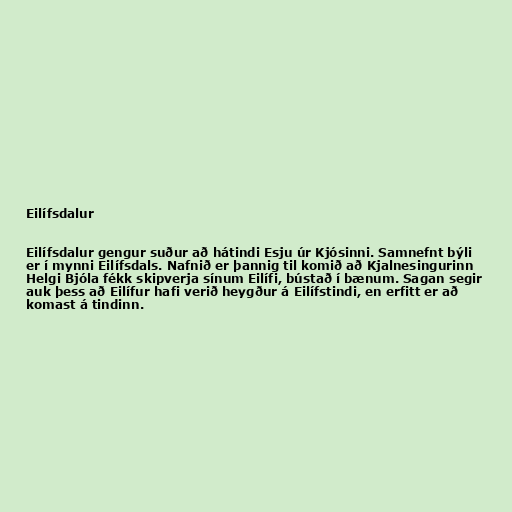
Eilífsdalur

Eilífsdalur gengur suður að hátindi Esju úr Kjósinni. Samnefnt býli
er í mynni Eilífsdals. Nafnið er þannig til komið að Kjalnesingurinn
Helgi Bjóla fékk skipverja sínum Eilífi, bústað í bænum. Sagan segir
auk þess að Eilífur hafi verið heygður á Eilífstindi, en erfitt er að
komast á tindinn.